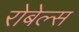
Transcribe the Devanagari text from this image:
रोबेल्स